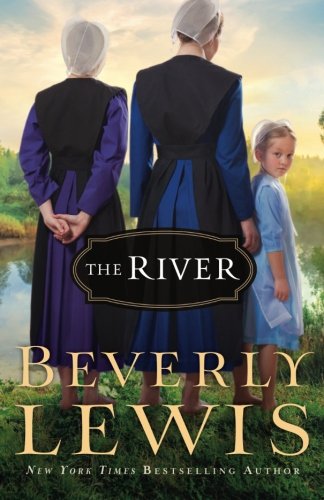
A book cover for The River; Beverly Lewis; Christian Books & Bibles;